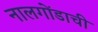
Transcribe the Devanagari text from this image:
नालगोंडाची